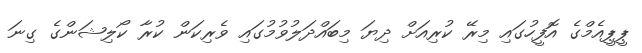
ޕީޕީއެމްގެ އޮފީހުގައި މިރޭ ކުރިއަށް ދިޔަ މިބައްދަލުވުމުގައި ވެރިކަން ކުރާ ކޯލިޝަންގެ ގިނަ